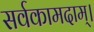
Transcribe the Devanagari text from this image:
सर्वकामदाम्‌।